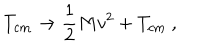
T _ { \mathrm { c m } } \to \frac { 1 } { 2 } M v ^ { 2 } + T _ { \mathrm { c m } } \ ,